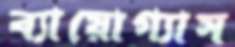
ব্যায়োগ্যাস